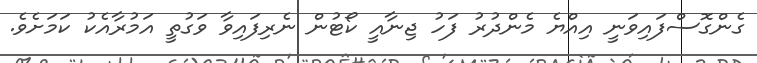
ގެންގޮސްފައިވަނީ އިއްޔެ މެންދުރު ފަހު ޖިނާއީ ކޯޓުން ނެރިފައިވާ ވަގުތީ އަމުރާއެކު ކަމަށެވެ.